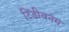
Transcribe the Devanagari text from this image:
टिंडीवनम